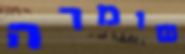
שומרה